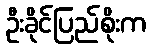
ဦးခိုင်ပြည်စိုးက